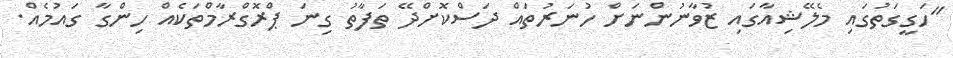
"ހަގީގަތުގައި މެލޭޝިއާގައި ޒުވާނުންނަށް ހުނަރުތައް ދަސްކޮށްދޭ ތަފާތު ގިނަ ޕްރޮގްރާމްތަކެއް ހިންގާ ގައުމެއް.